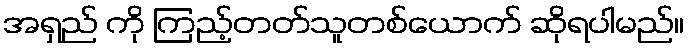
အရှည် ကို ကြည့်တတ်သူတစ်ယောက် ဆိုရပါမည်။